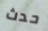
حدث